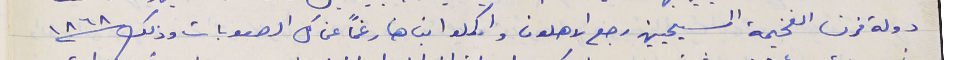
دولة فرنسا الفخيمة المسيحيين رجع الاهلون واكملوا بناها رغماً عن كل الصعوبات وذلك سنة ١٨٦٨